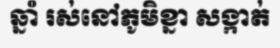
ឆ្នាំ រស់នៅភូមិខ្នា សង្កាត់